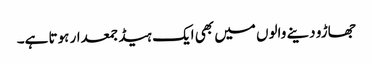
جھاڑو دینے والوں میں بھی ایک ہیڈ جمعدار ہوتا ہے۔